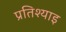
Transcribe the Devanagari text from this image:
प्रतिश्याइ